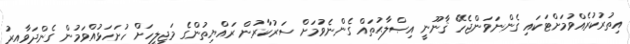
އިތުރުކުރެއްވުމަށްޓަކައި ގެންނަވަންޖެހޭ ޤާނޫނީ އިޞްލާޙުތައް ގެންނެވުމަށް ސަރުކާރުން ރައްޔިތުންގެ މަޖިލީހަށް ހުށަހަޅުއްވަމުން ގެންދަވާއިރު